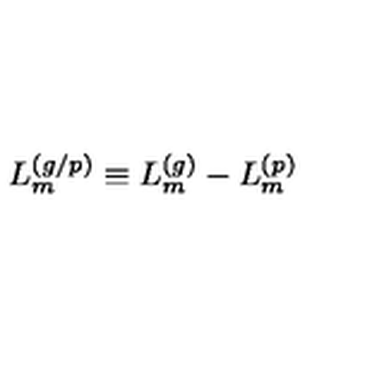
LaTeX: L _ { m } ^ { ( g / p ) } \equiv L _ { m } ^ { ( g ) } - L _ { m } ^ { ( p ) }